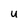
Character: u